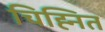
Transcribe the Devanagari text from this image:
चिह्‍नित